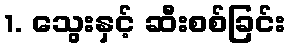
1. သွေးနှင့် ဆီးစစ်ခြင်း